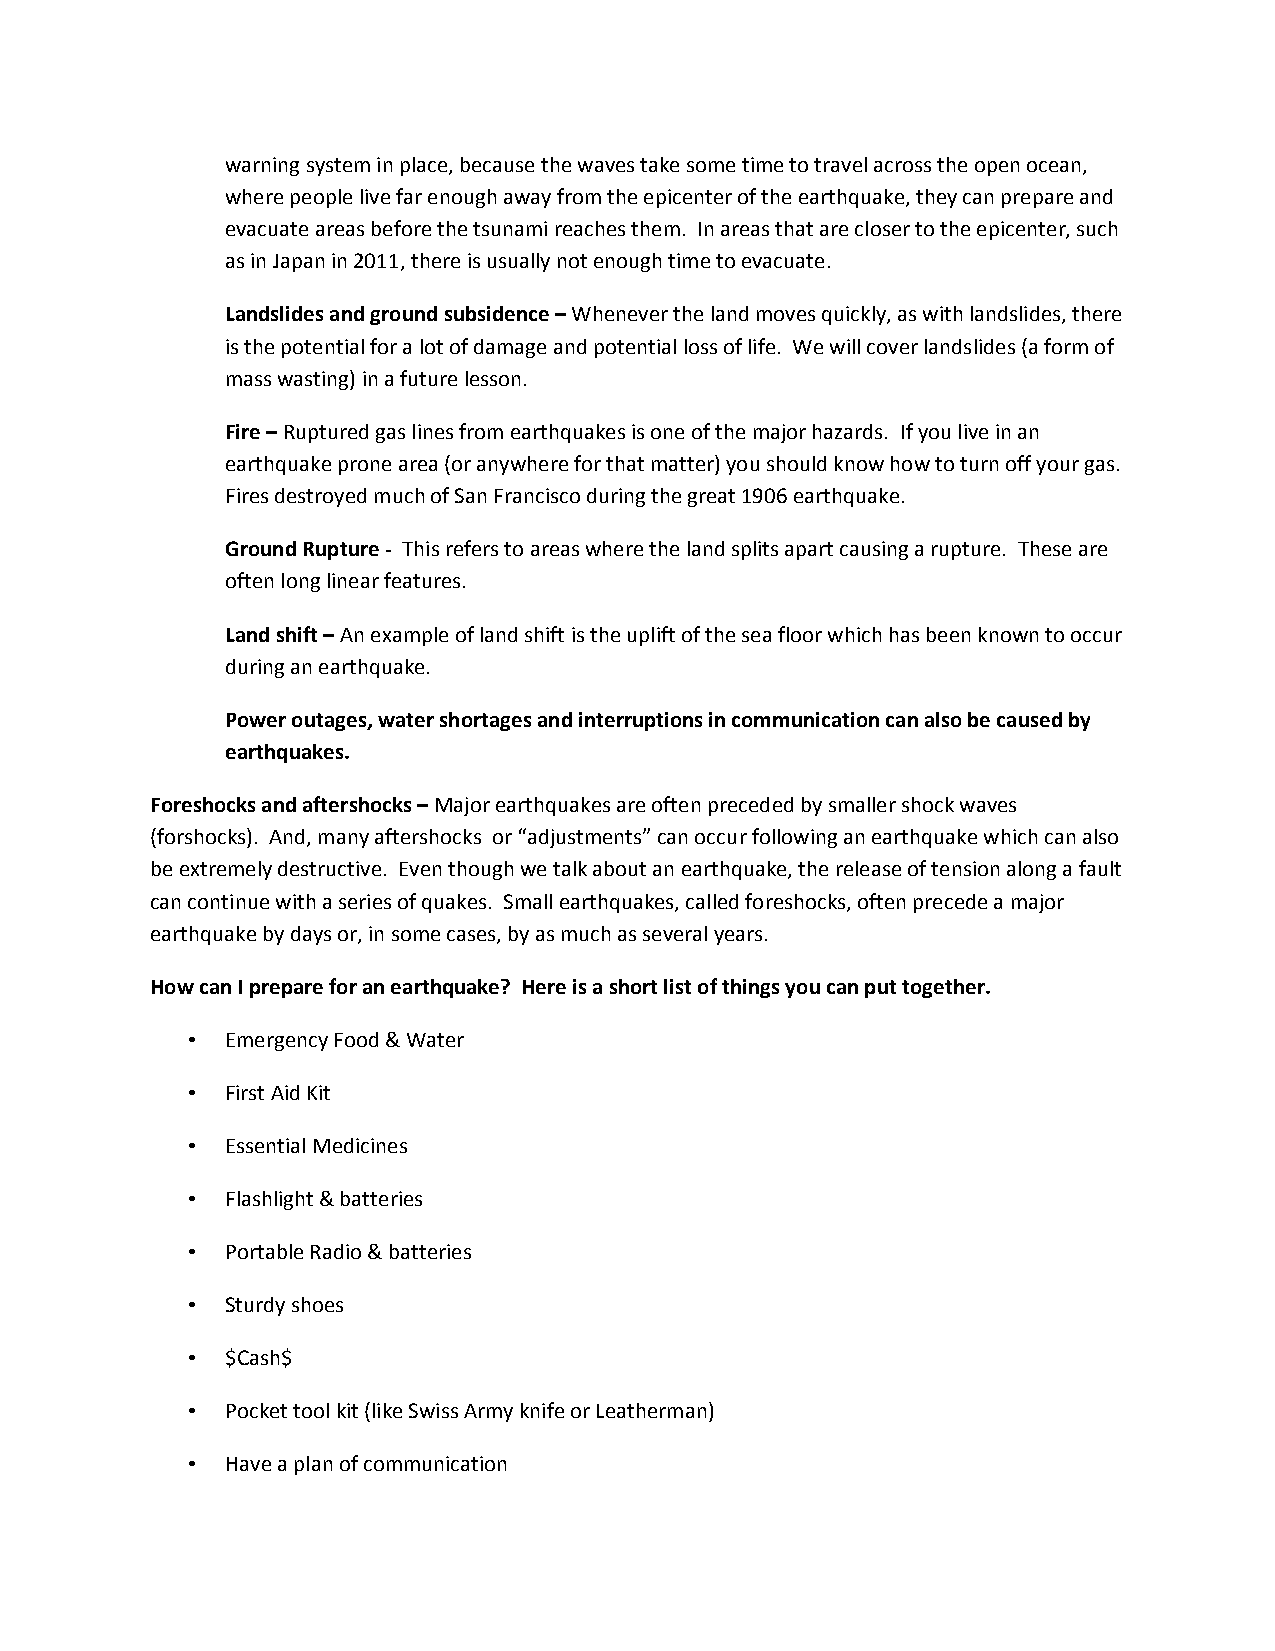
warning system in place, because the waves take some time to travel across the open ocean,
 where people live far enough away from the epicenter of the earthquake, they can prepare and
 evacuate areas before the tsunami reaches them. In areas that are closer to the epicenter, such
 as in Japan in 2011, there is usually not enough time to evacuate.
 Landslides and ground subsidence – Whenever the land moves quickly, as with landslides, there
 is the potential for a lot of damage and potential loss of life. We will cover landslides (a form of
 mass wasting) in a future lesson.
 Fire – Ruptured gas lines from earthquakes is one of the major hazards. If you live in an
 earthquake prone area (or anywhere for that matter) you should know how to turn off your gas.
 Fires destroyed much of San Francisco during the great 1906 earthquake.
 Ground Rupture ‐ This refers to areas where the land splits apart causing a rupture. These are
 often long linear features.
 Land shift – An example of land shift is the uplift of the sea floor which has been known to occur
 during an earthquake.
 Power outages, water shortages and interruptions in communication can also be caused by
 earthquakes.
 Foreshocks and aftershocks – Major earthquakes are often preceded by smaller shock waves
 (forshocks). And, many aftershocks or “adjustments” can occur following an earthquake which can also
 be extremely destructive. Even though we talk about an earthquake, the release of tension along a fault
 can continue with a series of quakes. Small earthquakes, called foreshocks, often precede a major
 earthquake by days or, in some cases, by as much as several years.
 How can I prepare for an earthquake? Here is a short list of things you can put together.
 •  Emergency Food & Water
 •  First Aid Kit
 •  Essential Medicines
 •  Flashlight & batteries
 •  Portable Radio & batteries
 •  Sturdy shoes
 •  $Cash$
 •  Pocket tool kit (like Swiss Army knife or Leatherman)
 •  Have a plan of communication